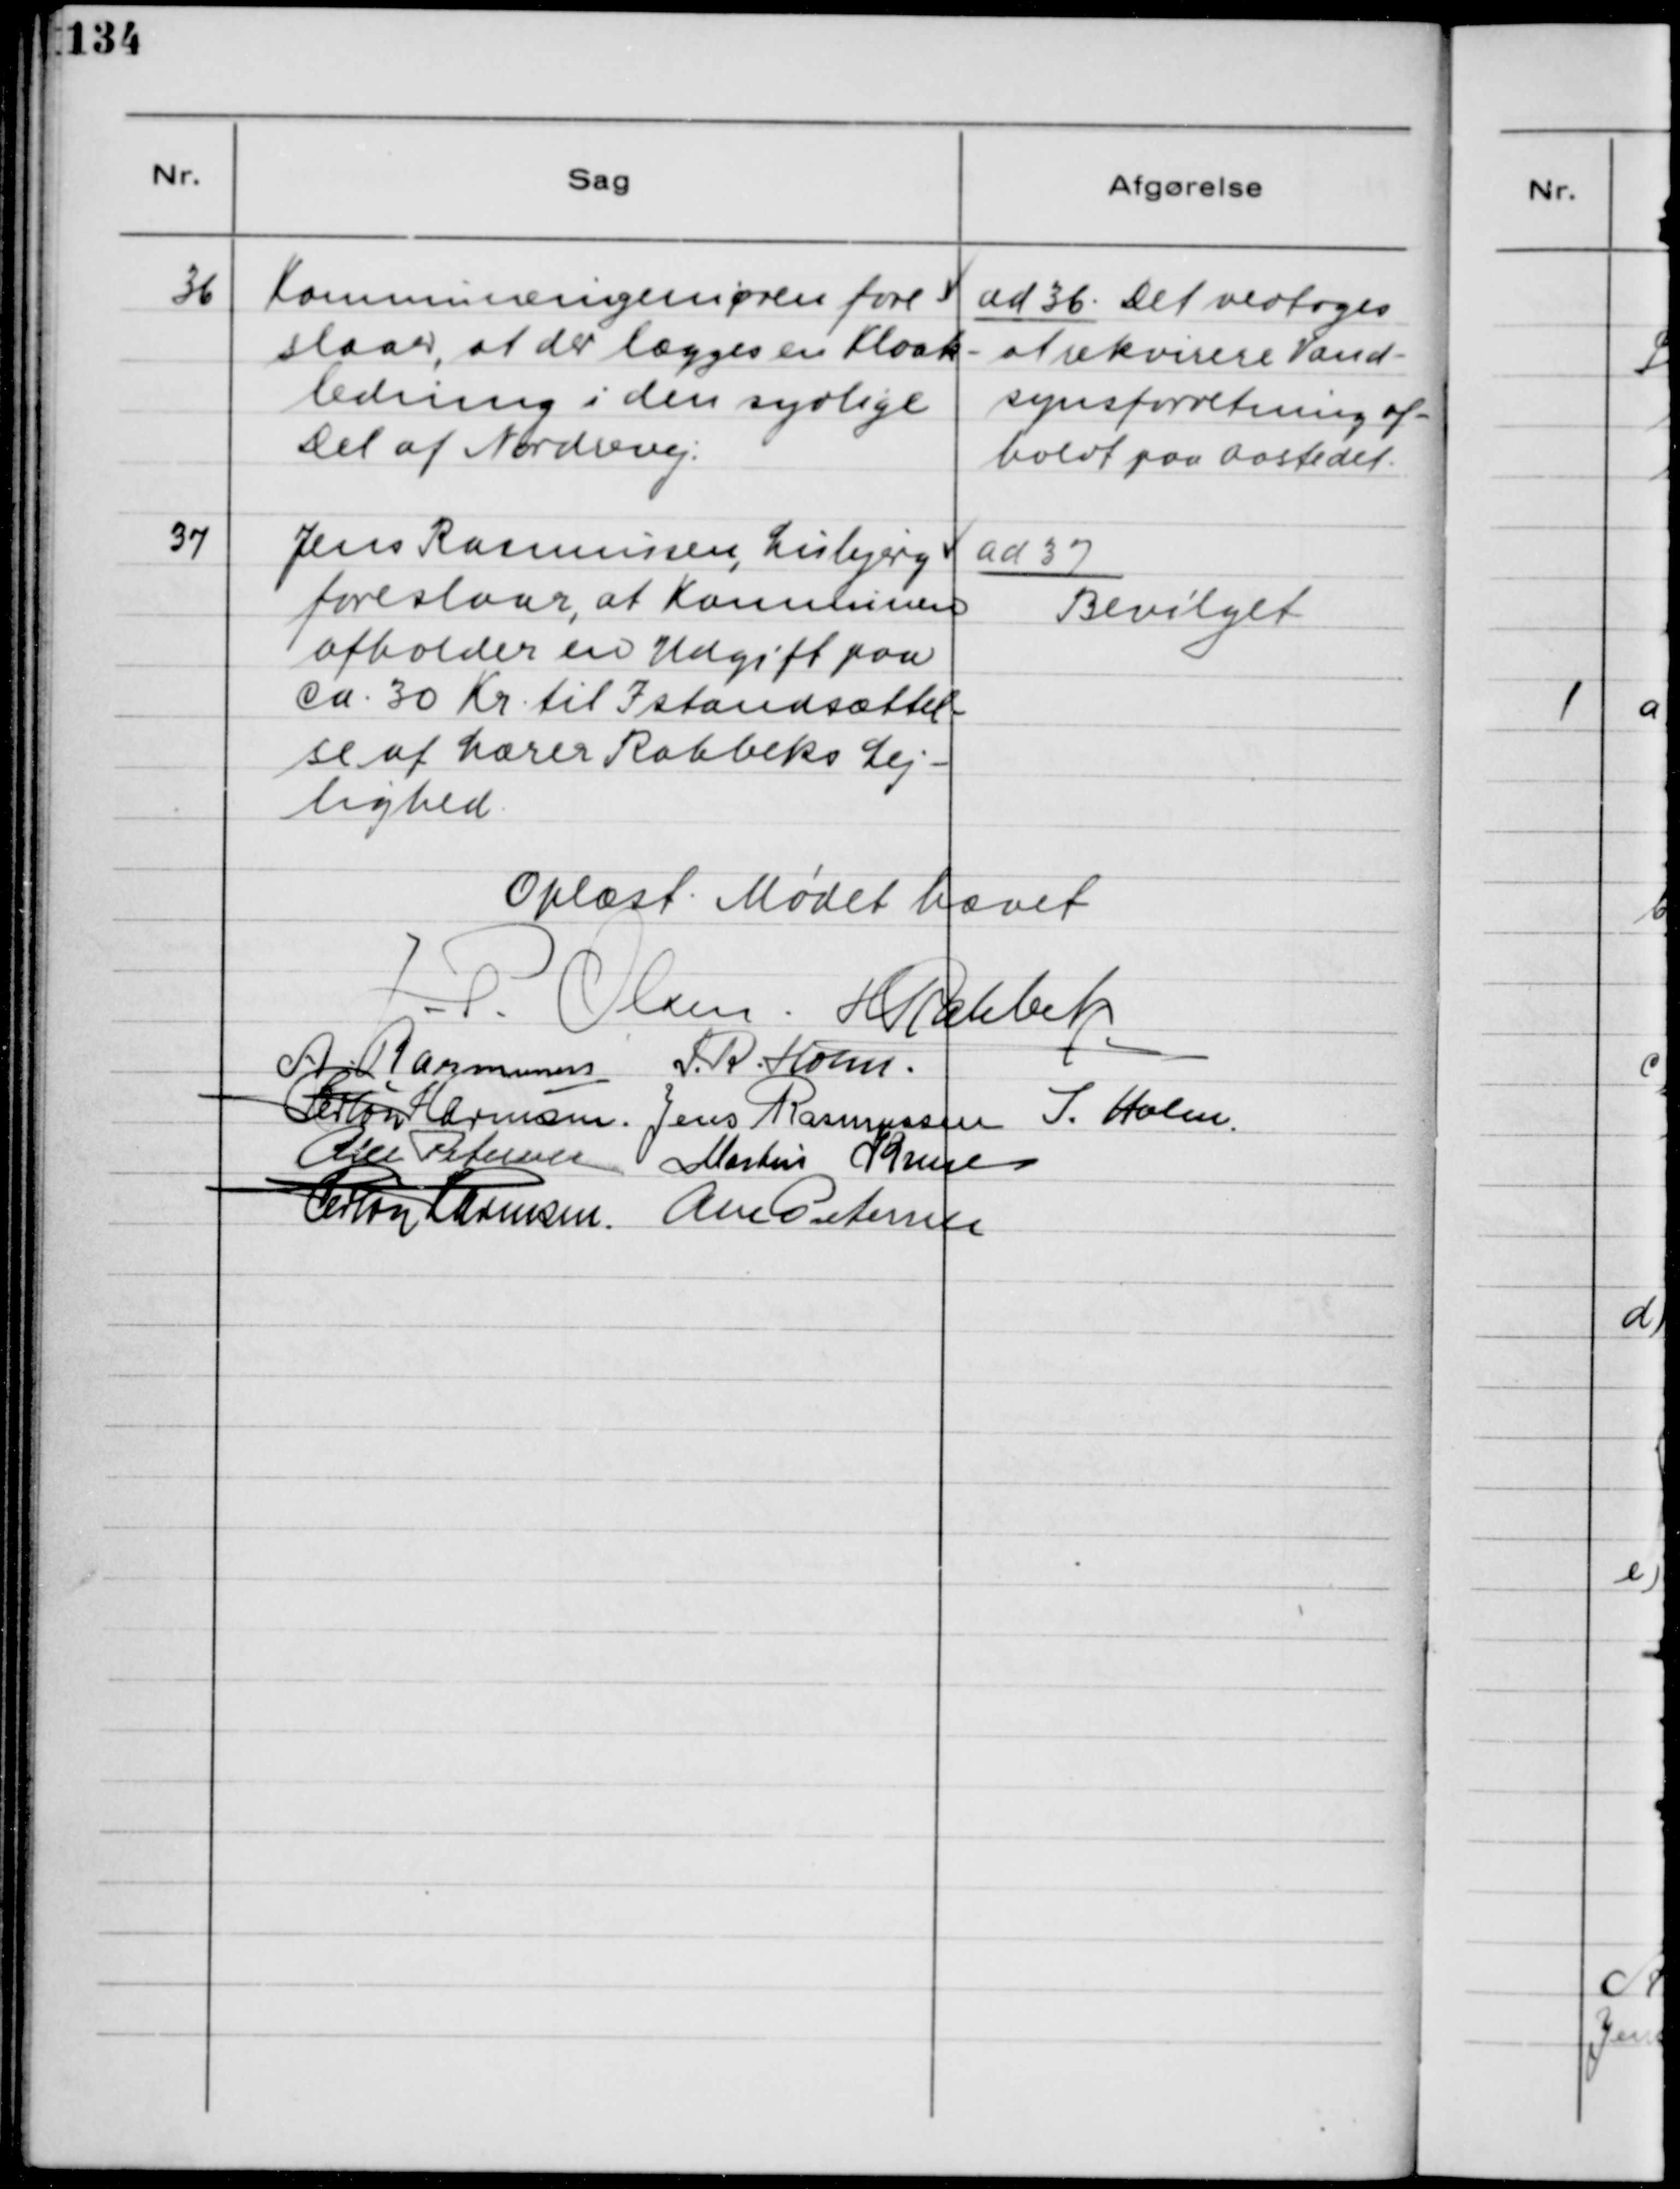
Transskription:
36. Kommuneingeniøren fore-
slaar, at der lægges en Kloak-
ledning i den sydlige
Del af Nordvej.

ad 36. Det vedtoges
at rekvirere Vand-
synsforretning af-
holdt paa Aastedet.

37. Jens Rasmussen, Lisbjerg
foreslaar, at Kommunen
afholder en Udgift paa
Ca. 30 Kr. til Istandsættel-
se af Lærer Rahbeks Lej-
lighed.

ad 37.
Bevilget

Oplæst. Mødet hævet